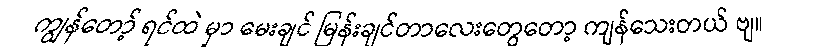
ကျွန်တော့် ရင်ထဲ မှာ မေးချင် မြန်းချင်တာလေးတွေတော့ ကျန်သေးတယ် ဗျ။